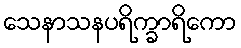
သေနာသနပရိက္ခာရိကော